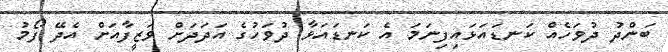
ބަންދު ދުވަހެއް ކަނޑައަޅައިފިނަމަ އެ ކަނޑައަޅާ ދުވަހުގެ އަދަދަށް ވަޒީފާއަށް އެދޭ ފޯމު